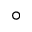
^ { \circ }